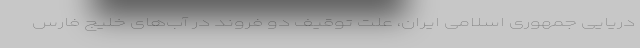
دریایی جمهوری اسلامی ایران، علت توقیف دو فروند در آب‌های خلیج فارس